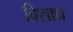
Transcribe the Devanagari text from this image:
विशाध